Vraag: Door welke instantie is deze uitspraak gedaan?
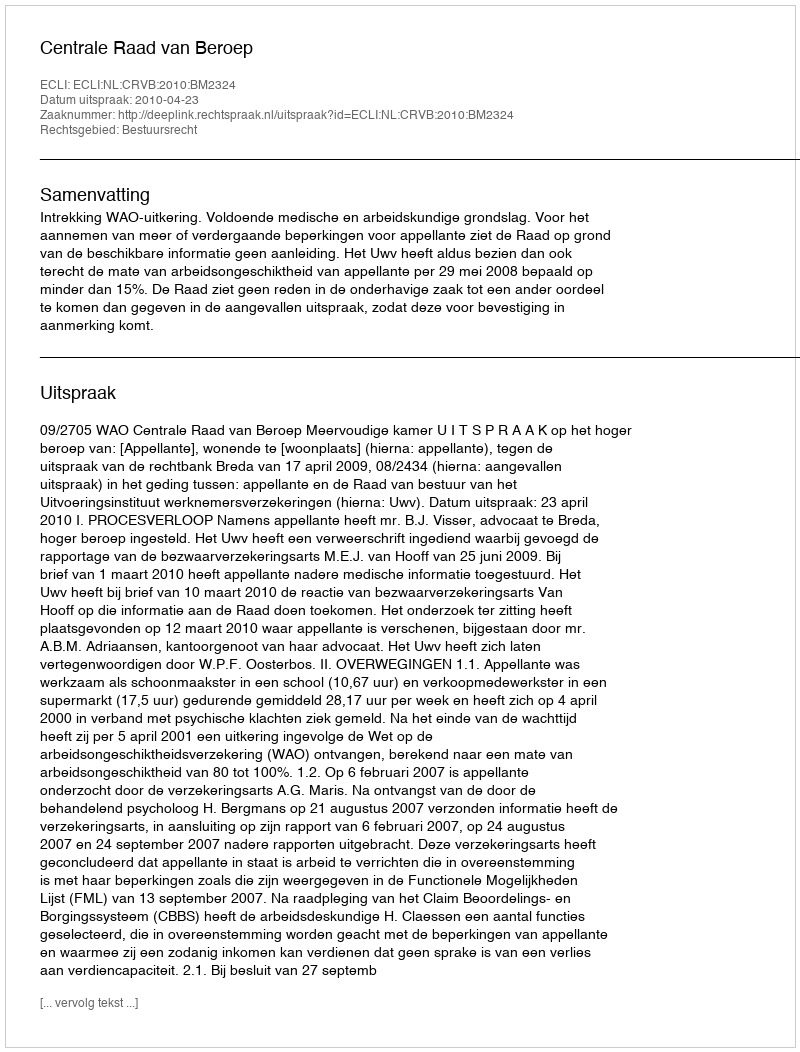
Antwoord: Centrale Raad van Beroep